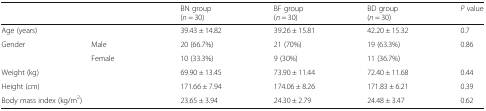
| <COLSPAN=2>  | BN group (n = 30) | BF group (n = 30) | BD group (n = 30) | P value |
 | --- | --- | --- | --- | --- | --- |
 | <COLSPAN=2> Age (years) | 39.43 ± 14.82 | 39.26 ± 15.81 | 42.20 ± 15.32 | 0.7 |
 | <ROWSPAN=2> Gender | Male | 20 (66.7%) | 21 (70%) | 19 (63.3%) | <ROWSPAN=2> 0.86 |
 | Female | 10 (33.3%) | 9 (30%) | 11 (36.7%) |
 | <COLSPAN=2> Weight (kg) | 69.90 ± 13.45 | 73.90 ± 11.44 | 72.40 ± 11.68 | 0.44 |
 | <COLSPAN=2> Height (cm) | 171.66 ± 7.94 | 174.06 ± 8.26 | 171.83 ± 6.21 | 0.39 |
 | <COLSPAN=2> Body mass index (kg/m2) | 23.65 ± 3.94 | 24.30 ± 2.79 | 24.48 ± 3.47 | 0.62 |